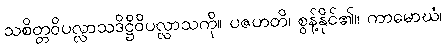
သစိတ္တဝိပလ္လာသဒိဋ္ဌိဝိပလ္လာသကို။ ပဇဟတိ၊ စွန့်နိုင်၏။ ကာမောဃံ၊